Indian journal of veterinary science and animal husbandry - Volumes 18-21, 1948-1951
Year: 1948
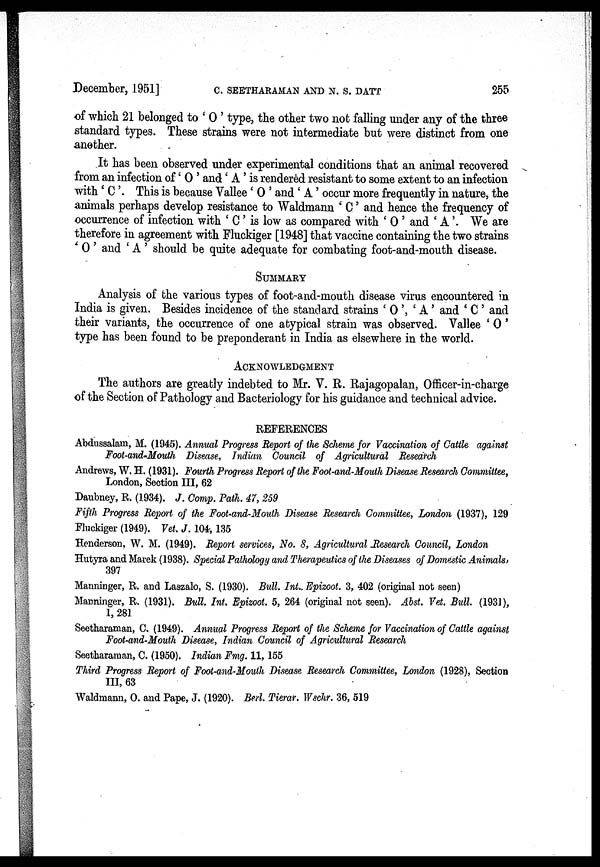
December, 1951]
C.
SEETHARAMAN
AND
N.
S.
DATT
255
of which 21 belonged to ' O ' type, the other two not falling under any of the three
standard types. These strains were not intermediate but were distinct from one
another.
It has been observed under experimental conditions that an animal recovered
from an infection of ' O ' and ' A ' is rendered resistant to some extent to an infection
with ' C '. This is because Vallee 'O' and 'A' occur more frequently in nature, the
animals perhaps develop resistance to Waldmann ' C ' and hence the frequency of
occurrence of infection with 'C' is low as compared with ' O ' and ' A '. We are
therefore in agreement with Fluckiger [1948] that vaccine containing the two strains
' O ' and 'A' should be quite adequate for combating foot-and-mouth disease.
SUMMARY
Analysis of the various types of foot-and-mouth disease virus encountered in
India is given. Besides incidence of the standard strains 'O', 'A' and ' C ' and
their variants, the occurrence of one atypical strain was observed. Vallee 'O'
type has been found to be preponderant in India as elsewhere in the world.
ACKNOWLEDGMENT
The authors are greatly indebted to Mr. V. R. Rajagopalan, Officer-in-charge
of the Section of Pathology and Bacteriology for his guidance and technical advice.
REFERENCES
Abdussalam, M. (1945). Annual Progress Report of the Scheme for Vaccination of Cattle against
Foot-and-Mouth Disease, Indian Council of Agricultural Research
Andrews, W. H. (1931). Fourth Progress Report of the Foot-and-Mouth Disease Research Committee,
London, Section III, 62
Daubney, R. (1934). J. Comp. Path. 47, 259
Fifth Progress Report of the Foot-and-Mouth Disease Research Committee, London (1937), 129
Fluckiger (1949). Vet. J. 104, 135
Henderson, W. M. (1949). Report services, No. 8, Agricultural Research Council, London
Hutyra and Marek (1938). Special Pathology and Therapeutics of the Diseases of Domestic Animals,
397
Manninger, R. and Laszalo, S. (1930). Bull. Int., Epizoot. 3, 402 (original not seen)
Manninger, R. (1931). Bull. Int. Epizoot. 5, 264 (original not seen). Abst. Vet. Bull. (1931),
1, 281
Seetharaman, C. (1949). Annual Progress Report of the Scheme for Vaccination of Cattle against
Foot-and-Mouth Disease, Indian Council of Agricultural Research
Seetharaman, C. (1950). Indian Fmg. 11, 155
Third Progress Report of Foot-and-Mouth Disease Research Committee, London (1928), Section
III, 63
Waldmann, O. and Pape, J. (1920). Berl. Tierar. Wschr. 36, 519